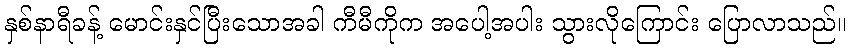
နှစ်နာရီခန့် မောင်းနှင်ပြီးသောအခါ ကီမီကိုက အပေါ့အပါး သွားလိုကြောင်း ပြောလာသည်။